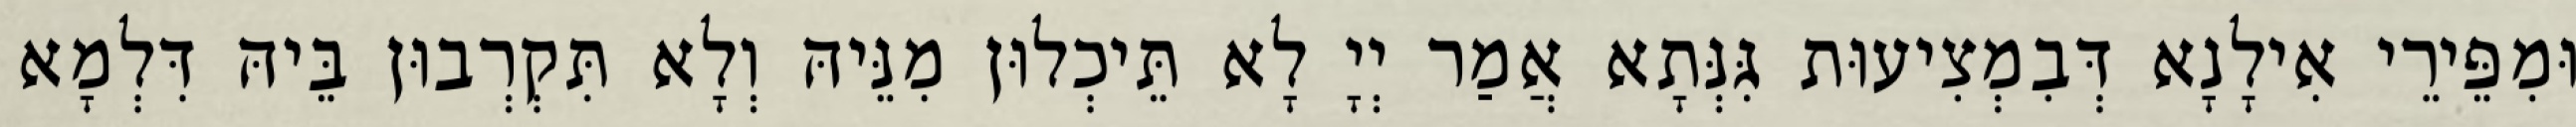
וּמִפֵּירֵי אִילָנָא דְּבִמְצִיעוּת גִּנְּתָא אֲמַר יְיָ לָא תֵּיכְלוּן מִנֵּיהּ וְלָא תִּקְרְבוּן בֵּיהּ דִּלְמָא